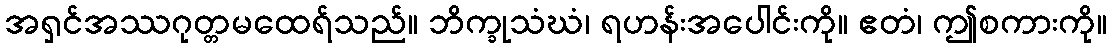
အရှင်အဿဂုတ္တမထေရ်သည်။ ဘိက္ခုသံဃံ၊ ရဟန်းအပေါင်းကို။ ဧတံ၊ ဤစကားကို။